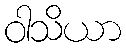
ဝါသိယာ